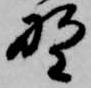
野